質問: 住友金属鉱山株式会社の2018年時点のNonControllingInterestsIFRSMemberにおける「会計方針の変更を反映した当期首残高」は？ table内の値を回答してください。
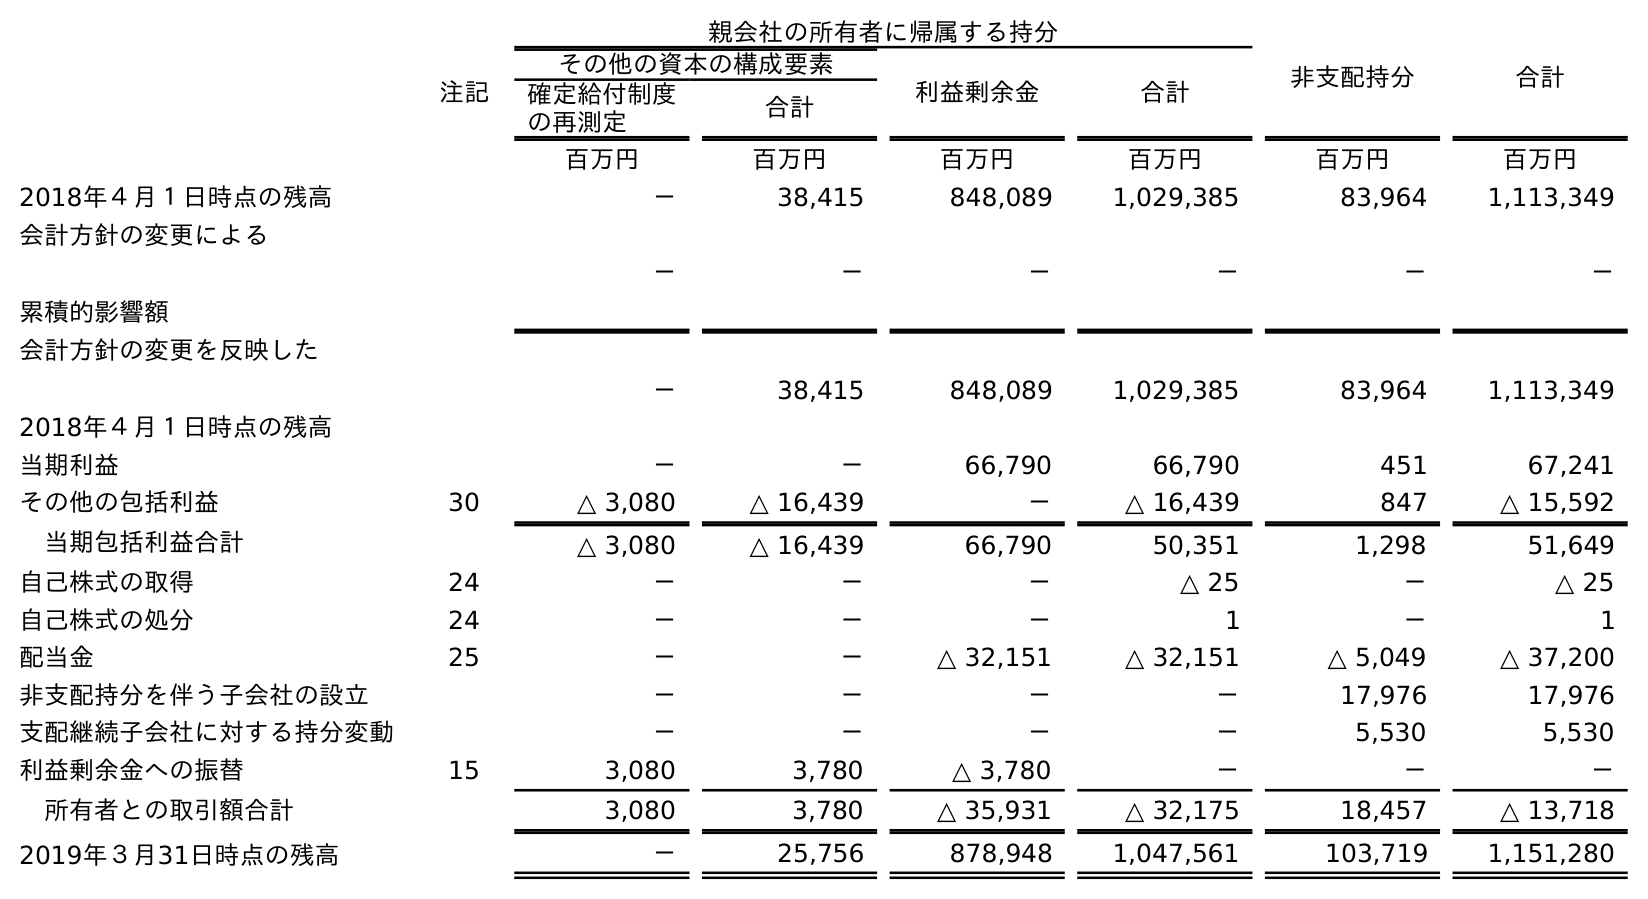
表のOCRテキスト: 親会社の所有者に帰属する持分 非支配持分 合計 注記 その他の資本の構成要素 利益剰余金 合計 確定給付制度 の再測定 合計 百万円 百万円 百万円 百万円 百万円 百万円 2018年４月１日時点の残高 － 38,415 848,089 1,029,385 83,964 1,113,349 会計方針の変更による 累積的影響額 － － － － － － 会計方針の変更を反映した 2018年４月１日時点の残高 － 38,415 848,089 1,029,385 83,964 1,113,349 当期利益 － － 66,790 66,790 451 67,241 その他の包括利益 30 △ 3,080 △ 16,439 － △ 16,439 847 △ 15,592 当期包括利益合計 △ 3,080 △ 16,439 66,790 50,351 1,298 51,649 自己株式の取得 24 － － － △ 25 － △ 25 自己株式の処分 24 － － － 1 － 1 配当金 25 － － △ 32,151 △ 32,151 △ 5,049 △ 37,200 非支配持分を伴う子会社の設立 － － － － 17,976 17,976 支配継続子会社に対する持分変動 － － － － 5,530 5,530 利益剰余金への振替 15 3,080 3,780 △ 3,780 － － － 所有者との取引額合計 3,080 3,780 △ 35,931 △ 32,175 18,457 △ 13,718 2019年３月31日時点の残高 － 25,756 878,948 1,047,561 103,719 1,151,280
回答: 83,964